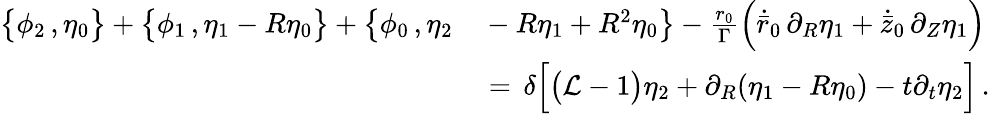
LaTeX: \begin{array}{rl}{\bigl\{ \phi_{2}\, ,\eta_{0}\bigr\} +\bigl\{ \phi_{1}\, ,\eta_{1}-R\eta_{0}\bigr\} +\bigl\{ \phi_{0}\, ,\eta_{2}}&{{}-R\eta_{1}+R^{2}\eta_{0}\bigr\} -\frac{r_{0}}{\Gamma}\Bigl(\dot{\bar{r}}_{0}\, \partial_{R}\eta_{1}+\dot{\bar{z}}_{0}\, \partial_{Z}\eta_{1}\Bigr)}\\ {\, }&{{}=\, \delta\Bigl[\bigl(\mathcal{L}-1\bigr)\eta_{2}+\partial_{R}(\eta_{1}-R\eta_{0})-t\partial_{t}\eta_{2}\Bigr]\, .}\end{array}